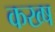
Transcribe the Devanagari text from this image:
कख्ष